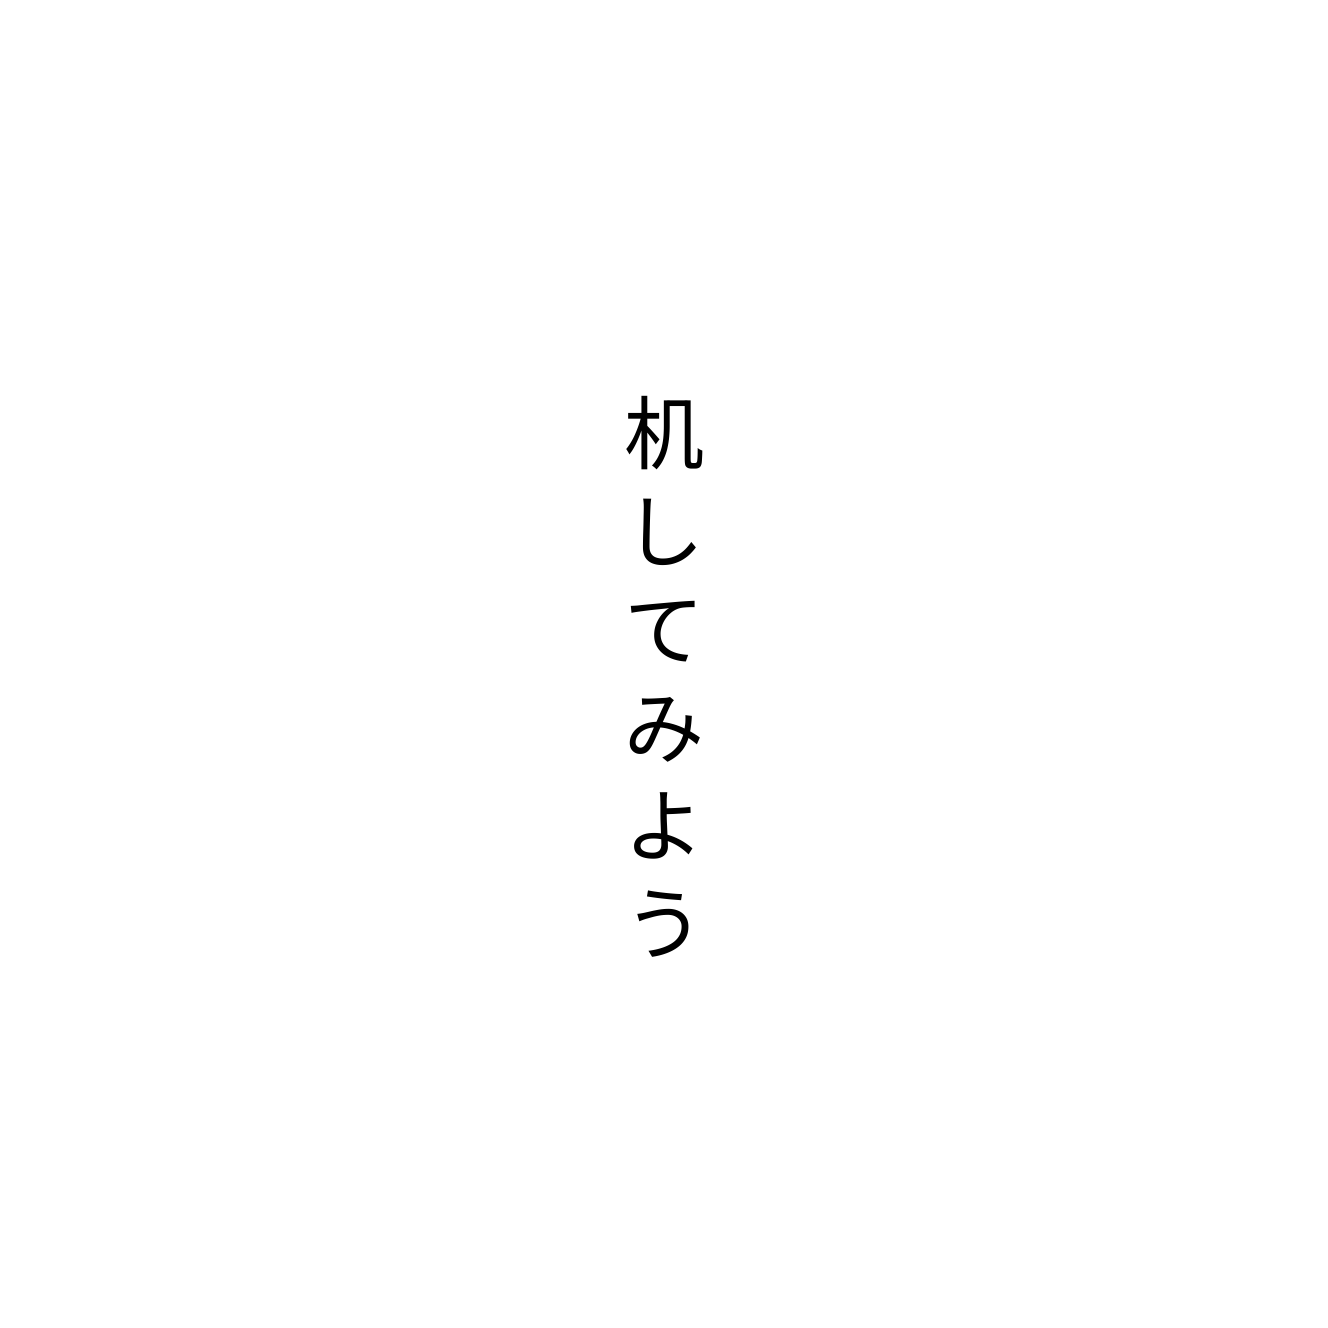
机してみよう